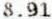
8.91